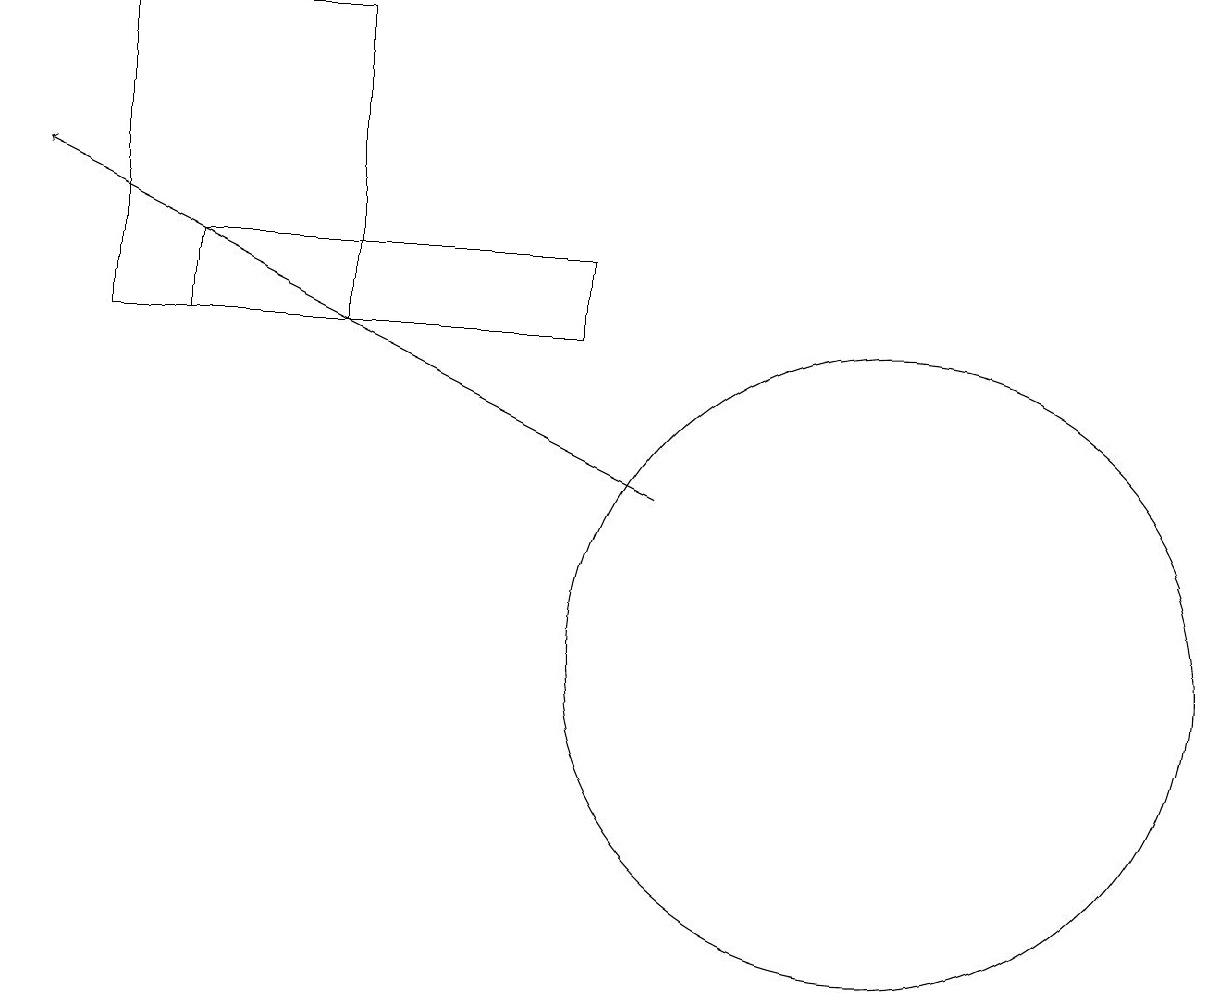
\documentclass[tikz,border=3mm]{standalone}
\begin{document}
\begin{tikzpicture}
\draw (5,18) rectangle (2,14);
\draw (3,14) rectangle (8,15);
\draw[->] (9,12) -- (1,16);
\draw (12,10) circle (4);
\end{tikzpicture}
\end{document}